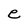
Character: e